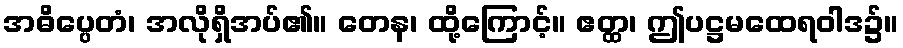
အဓိပ္ပေတံ၊ အလိုရှိအပ်၏။ တေန၊ ထို့ကြောင့်။ ဧတ္ထ၊ ဤပဋ္ဌမထေရဝါဒ၌။